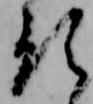
預